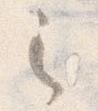
之